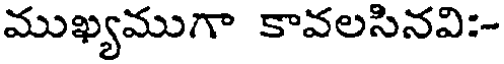
ముఖ్యముగా కావలసినవి:-